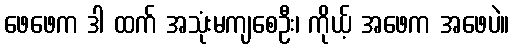
ဖေဖေက ဒါ ထက် အသုံးမကျစေဦး၊ ကိုယ့် အဖေက အဖေပဲ။